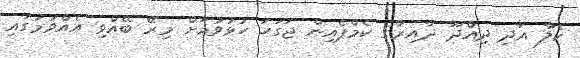
ކެލާ އަދި ދިއްދޫ ދާއިރާގެ ކެމްޕެއިން ޖަގަހަ ހުޅުވުމަށް މިރޭ ބޭއްވި އެއްވުމުގައި